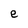
Character: e